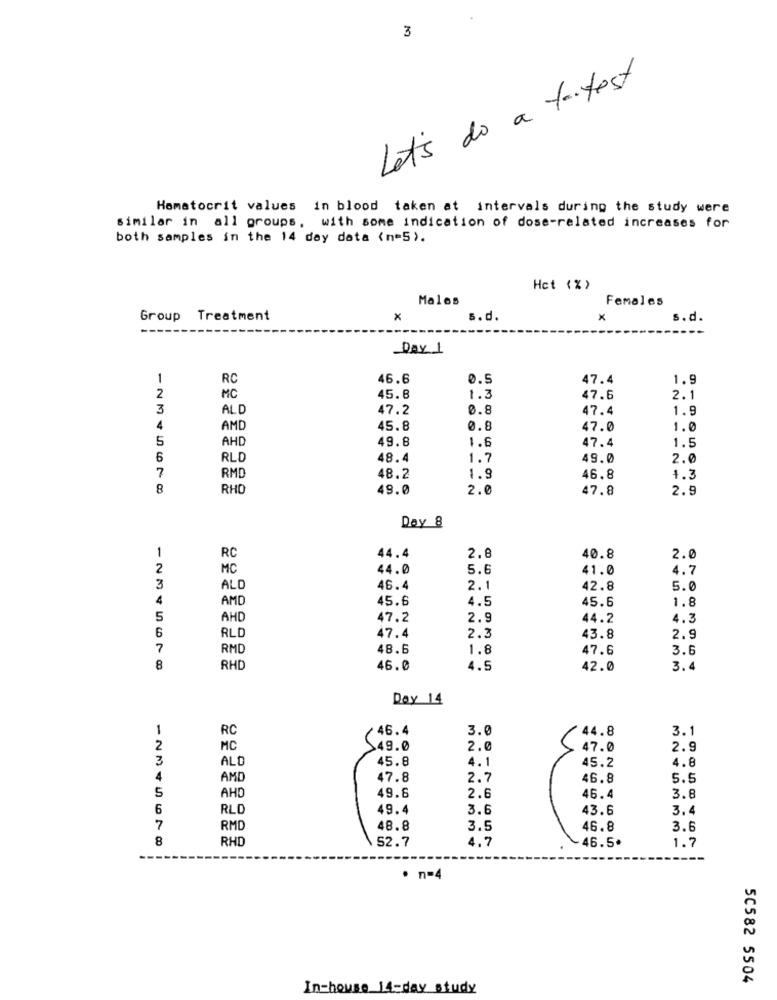
3
Let's do a tantest
Hematocrit values in blood taken at intervals during the study were
similar in all groups, with some indication of dose-related increases for
both samples in the 14 day data (n=5).
Hct (%)
Males
Females
Group Treatment
X
s.d.
x
s.d.
Day 1
1
RC
46.6
0.5
47.4
1.9
2
MC
45.8
1.2
47.6
2.1
3
ALD
47.2
0.8
47.4
1.9
4
AMD
45.8
0.8
47.0
1.0
5
AHD
49.8
1.6
47.4
1.5
6
RLD
48.4
1.7
49.0
2.0
7
RMD
48.2
1.9
46.8
4.3
8
RHO
49.0
2.0
47.8
2.9
Day 8
1
RC
44.4
2.8
40.8
2.0
2
MC
44.0
5.6
41.0
4.7
3
ALD
46.4
2.1
42.8
5.0
4
AMD
45.6
4.5
45.6
1.8
5
AHD
47.2
2.9
44.2
4.3
6
RLD
47.4
2.3
43.8
2.9
7
RMD
48.6
1.8
47.6
3.6
8
RHD
46.0
4.5
42.0
3.4
Day 14
1
RC
46.4
3.0
44.8
3.1
2
MC
,49.0
2.0
47.0
2.9
3
45.8
4.1
4.8
ALD
45.2
4
AMD
47.8
2.7
46.8
5.5
5
AHD
49.6
2.6
46.4
3.8
6
RLD
49.4
3.6
43.6
3.4
7
RMD
48.8
3.5
46.8
3.6
8
RHD
52.7
1.7
4.7
46.5
· n=4
50582 5504
In-house 14-day study